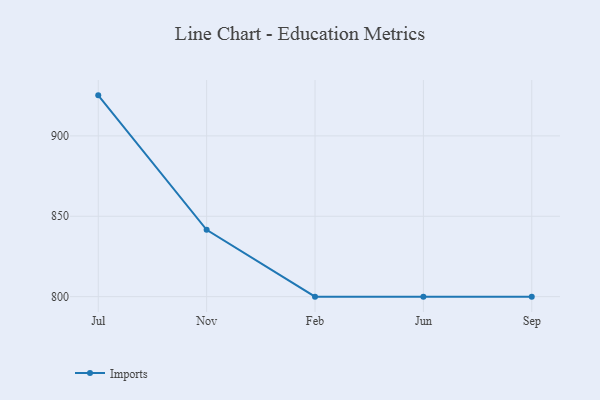
{"axis": {"x": "Month", "y": "Operating Costs (USD K)"}, "legend": ["Imports"], "data": [{"x": "Jul", "y": 925.2, "type": "Imports"}, {"x": "Nov", "y": 841.6, "type": "Imports"}, {"x": "Feb", "y": 800, "type": "Imports"}, {"x": "Jun", "y": 800, "type": "Imports"}, {"x": "Sep", "y": 800, "type": "Imports"}]}